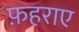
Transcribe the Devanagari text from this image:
फ़हराए